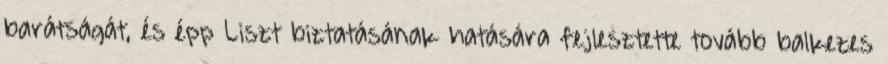
barátságát, és épp Liszt biztatásának hatására fejlesztette tovább balkezes